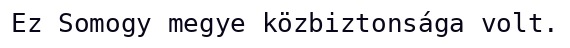
Ez Somogy megye közbiztonsága volt.